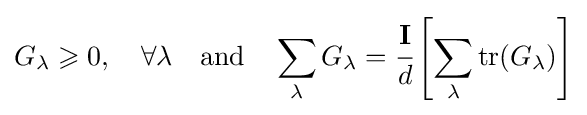
G_{\lambda }\geqslant 0,\quad \forall \lambda \quad \mathrm {and} \quad \sum _{\lambda }G_{\lambda }={\cfrac {\mathbf {I} }{d}}\left[\sum _{\lambda }\mathrm {tr} (G_{\lambda })\right]